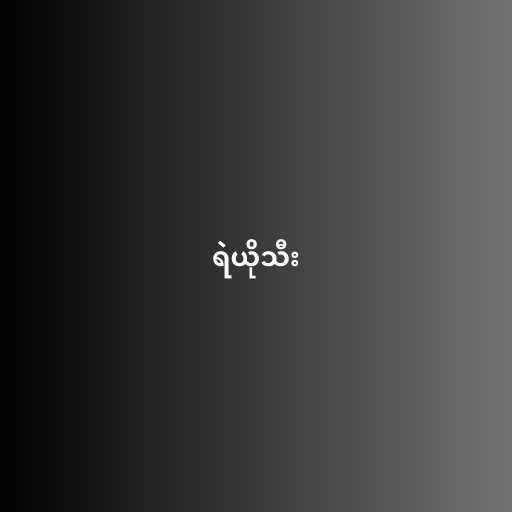
ရဲယိုသီး